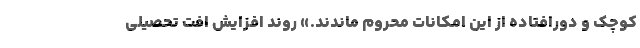
کوچک و دورافتاده از این امکانات محروم ماندند.» روند افزایش افت تحصیلی